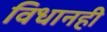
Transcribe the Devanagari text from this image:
विधानही